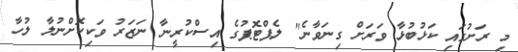
މި ރަށުގައި ކަޅުބުޅާ ވަރަށް ގިނަވާނެ" ލެޕްޓޮޕުގެ އިސްކުރީނާ ނަޒަރު ވަކިކޮށްނުލާ ލުހާ